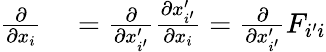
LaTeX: \begin{array}{rl}{\frac{\partial}{\partial x_{i}}}&{{}=\frac{\partial}{\partial x_{i^{\prime}}^{\prime}}\frac{\partial x_{i^{\prime}}^{\prime}}{\partial x_{i}}=\frac{\partial}{\partial x_{i^{\prime}}^{\prime}}F_{i^{\prime}i}}\end{array}